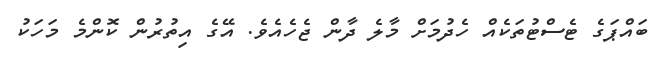
ބައްޕަގެ ޓެސްޓުތަކެއް ހެދުމަށް މާލެ ދާން ޖެހެއެވެ. އޭގެ އިތުރުން ކޮންމެ މަހަކު